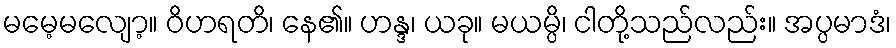
မမေ့မလျော့။ ဝိဟရတိ၊ နေ၏။ ဟန္ဒ၊ ယခု။ မယမ္ပိ၊ ငါတို့သည်လည်း။ အပ္ပမာဒံ၊